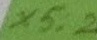
Text: X5:2